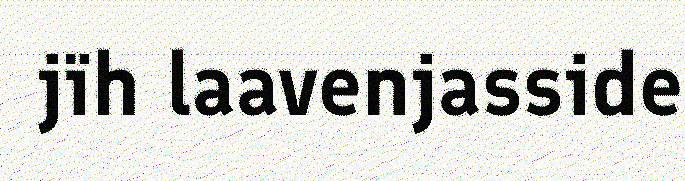
jïh laavenjasside